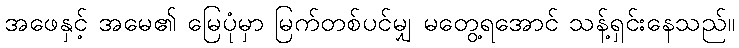
အဖေနှင့် အမေ၏ မြေပုံမှာ မြက်တစ်ပင်မျှ မတွေ့ရအောင် သန့်ရှင်းနေသည်။